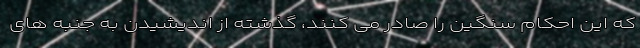
که این احکام سنگین را صادر می کنند، گذشته از اندیشیدن به جنبه های